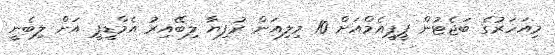
މިއަހަރުގެ ބަޖެޓުން ޕީޕީއެމްއަށް 10 މިލިއަން ރުފިޔާ ލިބޭއިރު އެމްޑީޕީ އަށް ލިބެނީ